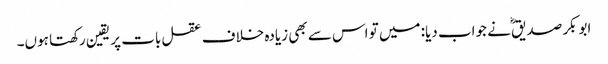
ابوبکر صدیقؓ نے جواب دیا: میں تو اس سے بھی زیادہ خلاف عقل بات پر یقین رکھتا ہوں۔